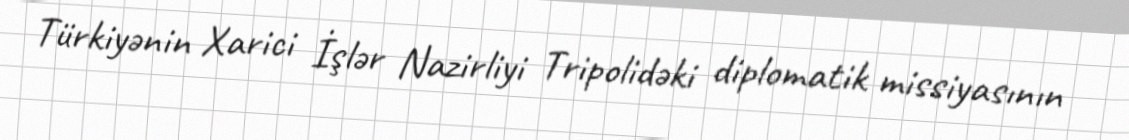
Türkiyənin Xarici İşlər Nazirliyi Tripolidəki diplomatik missiyasının